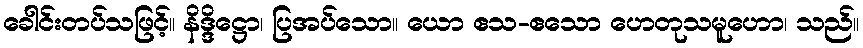
ခေါင်းတပ်သဖြင့်။ နိဒ္ဒိဋ္ဌော၊ ပြအပ်သော။ ယော ဧသ-ဧသော ဟေတုသမူဟော၊ သည်။